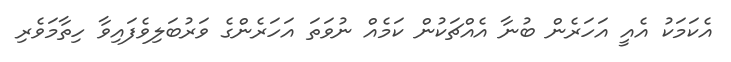
އެކަމަކު އެއީ އަހަރެން ބުނާ އެއްޗަކުން ކަމެއް ނުވަތަ އަހަރެންގެ ވަރުބަލިވެފައިވާ ހިތާމަވެރި